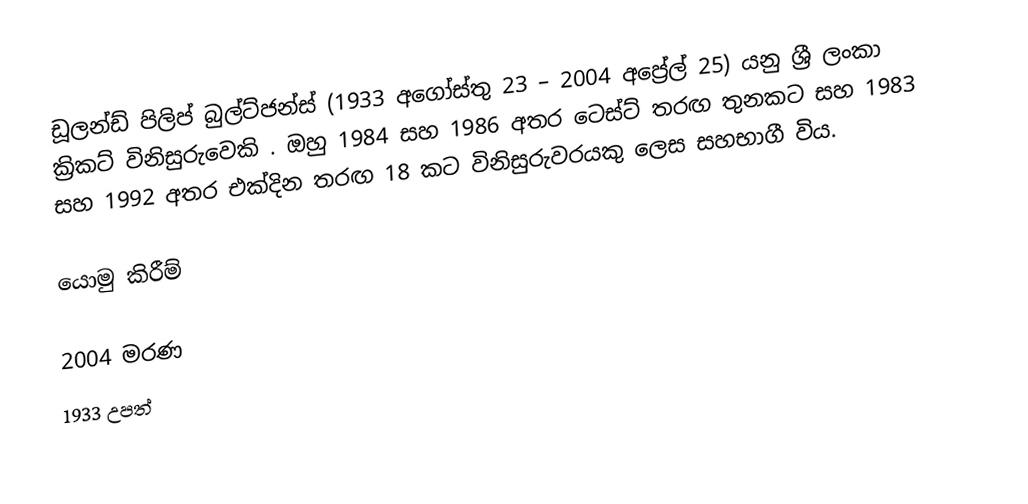
ඩූලන්ඩ් පිලිප් බුල්ට්ජන්ස් (1933 අගෝස්තු  23 – 2004 අප්‍රේල් 25) යනු ශ්‍රී ලංකා ක්‍රිකට් විනිසුරුවෙකි . ඔහු 1984 සහ 1986 අතර ටෙස්ට් තරඟ තුනකට සහ 1983 සහ 1992 අතර එක්දින තරඟ 18 කට විනිසුරුවරයකු ලෙස සහභාගී විය.

යොමු කිරීම්

2004 මරණ
1933 උපත්